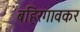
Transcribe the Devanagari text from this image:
बहिरगावकर